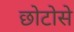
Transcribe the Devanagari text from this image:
छोटोसे